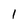
Character: 1